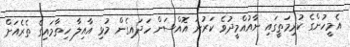
އެމީހުންގެ ކުރިމަތީގައި ނާއުއްމީދުވެ ކަރުނަ އޮއްސަން ހަދައިގެން މުޅި އާއިލާ ހިތާމައިގެ ތެރެއަށް